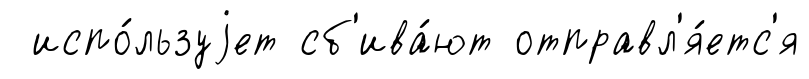
испо́льзуjет сб'ива́ют отправл'я́етс'я